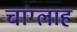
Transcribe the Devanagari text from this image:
चांग्लाह